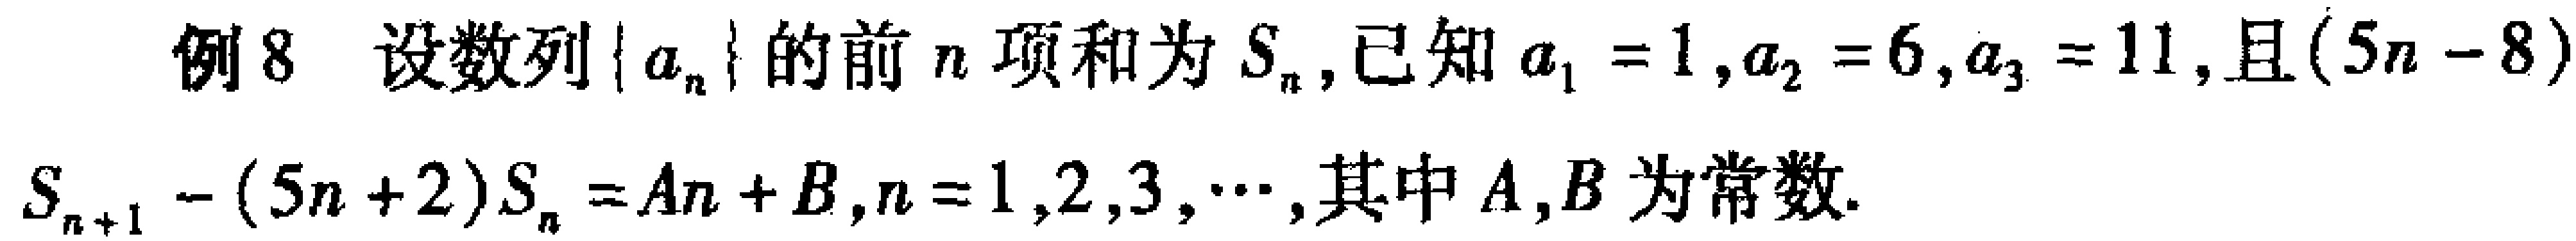
例8 设数列\(\{ a_{n}\}\)的前\(n\)项和为\(S_{n}\),已知\(a_{1}=1,a_{2}=6,a_{3}=11\),且\((5n - 8)\)
\(S_{n + 1}-(5n + 2)S_{n}=An + B,n = 1,2,3,\cdots\),其中\(A,B\)为常数.